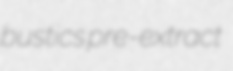
bustics pre-extract